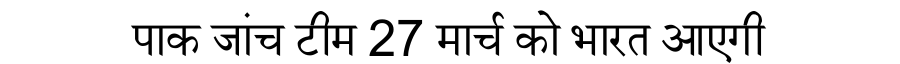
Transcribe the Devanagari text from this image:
पाक जांच टीम 27 मार्च को भारत आएगी